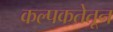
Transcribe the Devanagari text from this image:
कल्पकतेतून